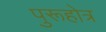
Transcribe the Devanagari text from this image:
पुरूहोत्र